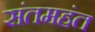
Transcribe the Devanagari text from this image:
संतमहंत